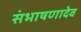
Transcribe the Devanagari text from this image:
संभाषणादेव